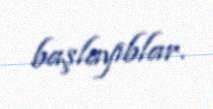
başlayıblar.